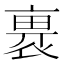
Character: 𧚽